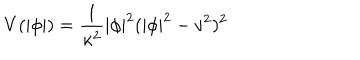
V ( | \phi | ) = \frac { 1 } { \kappa ^ { 2 } } | \phi | ^ { 2 } ( | \phi | ^ { 2 } - v ^ { 2 } ) ^ { 2 }